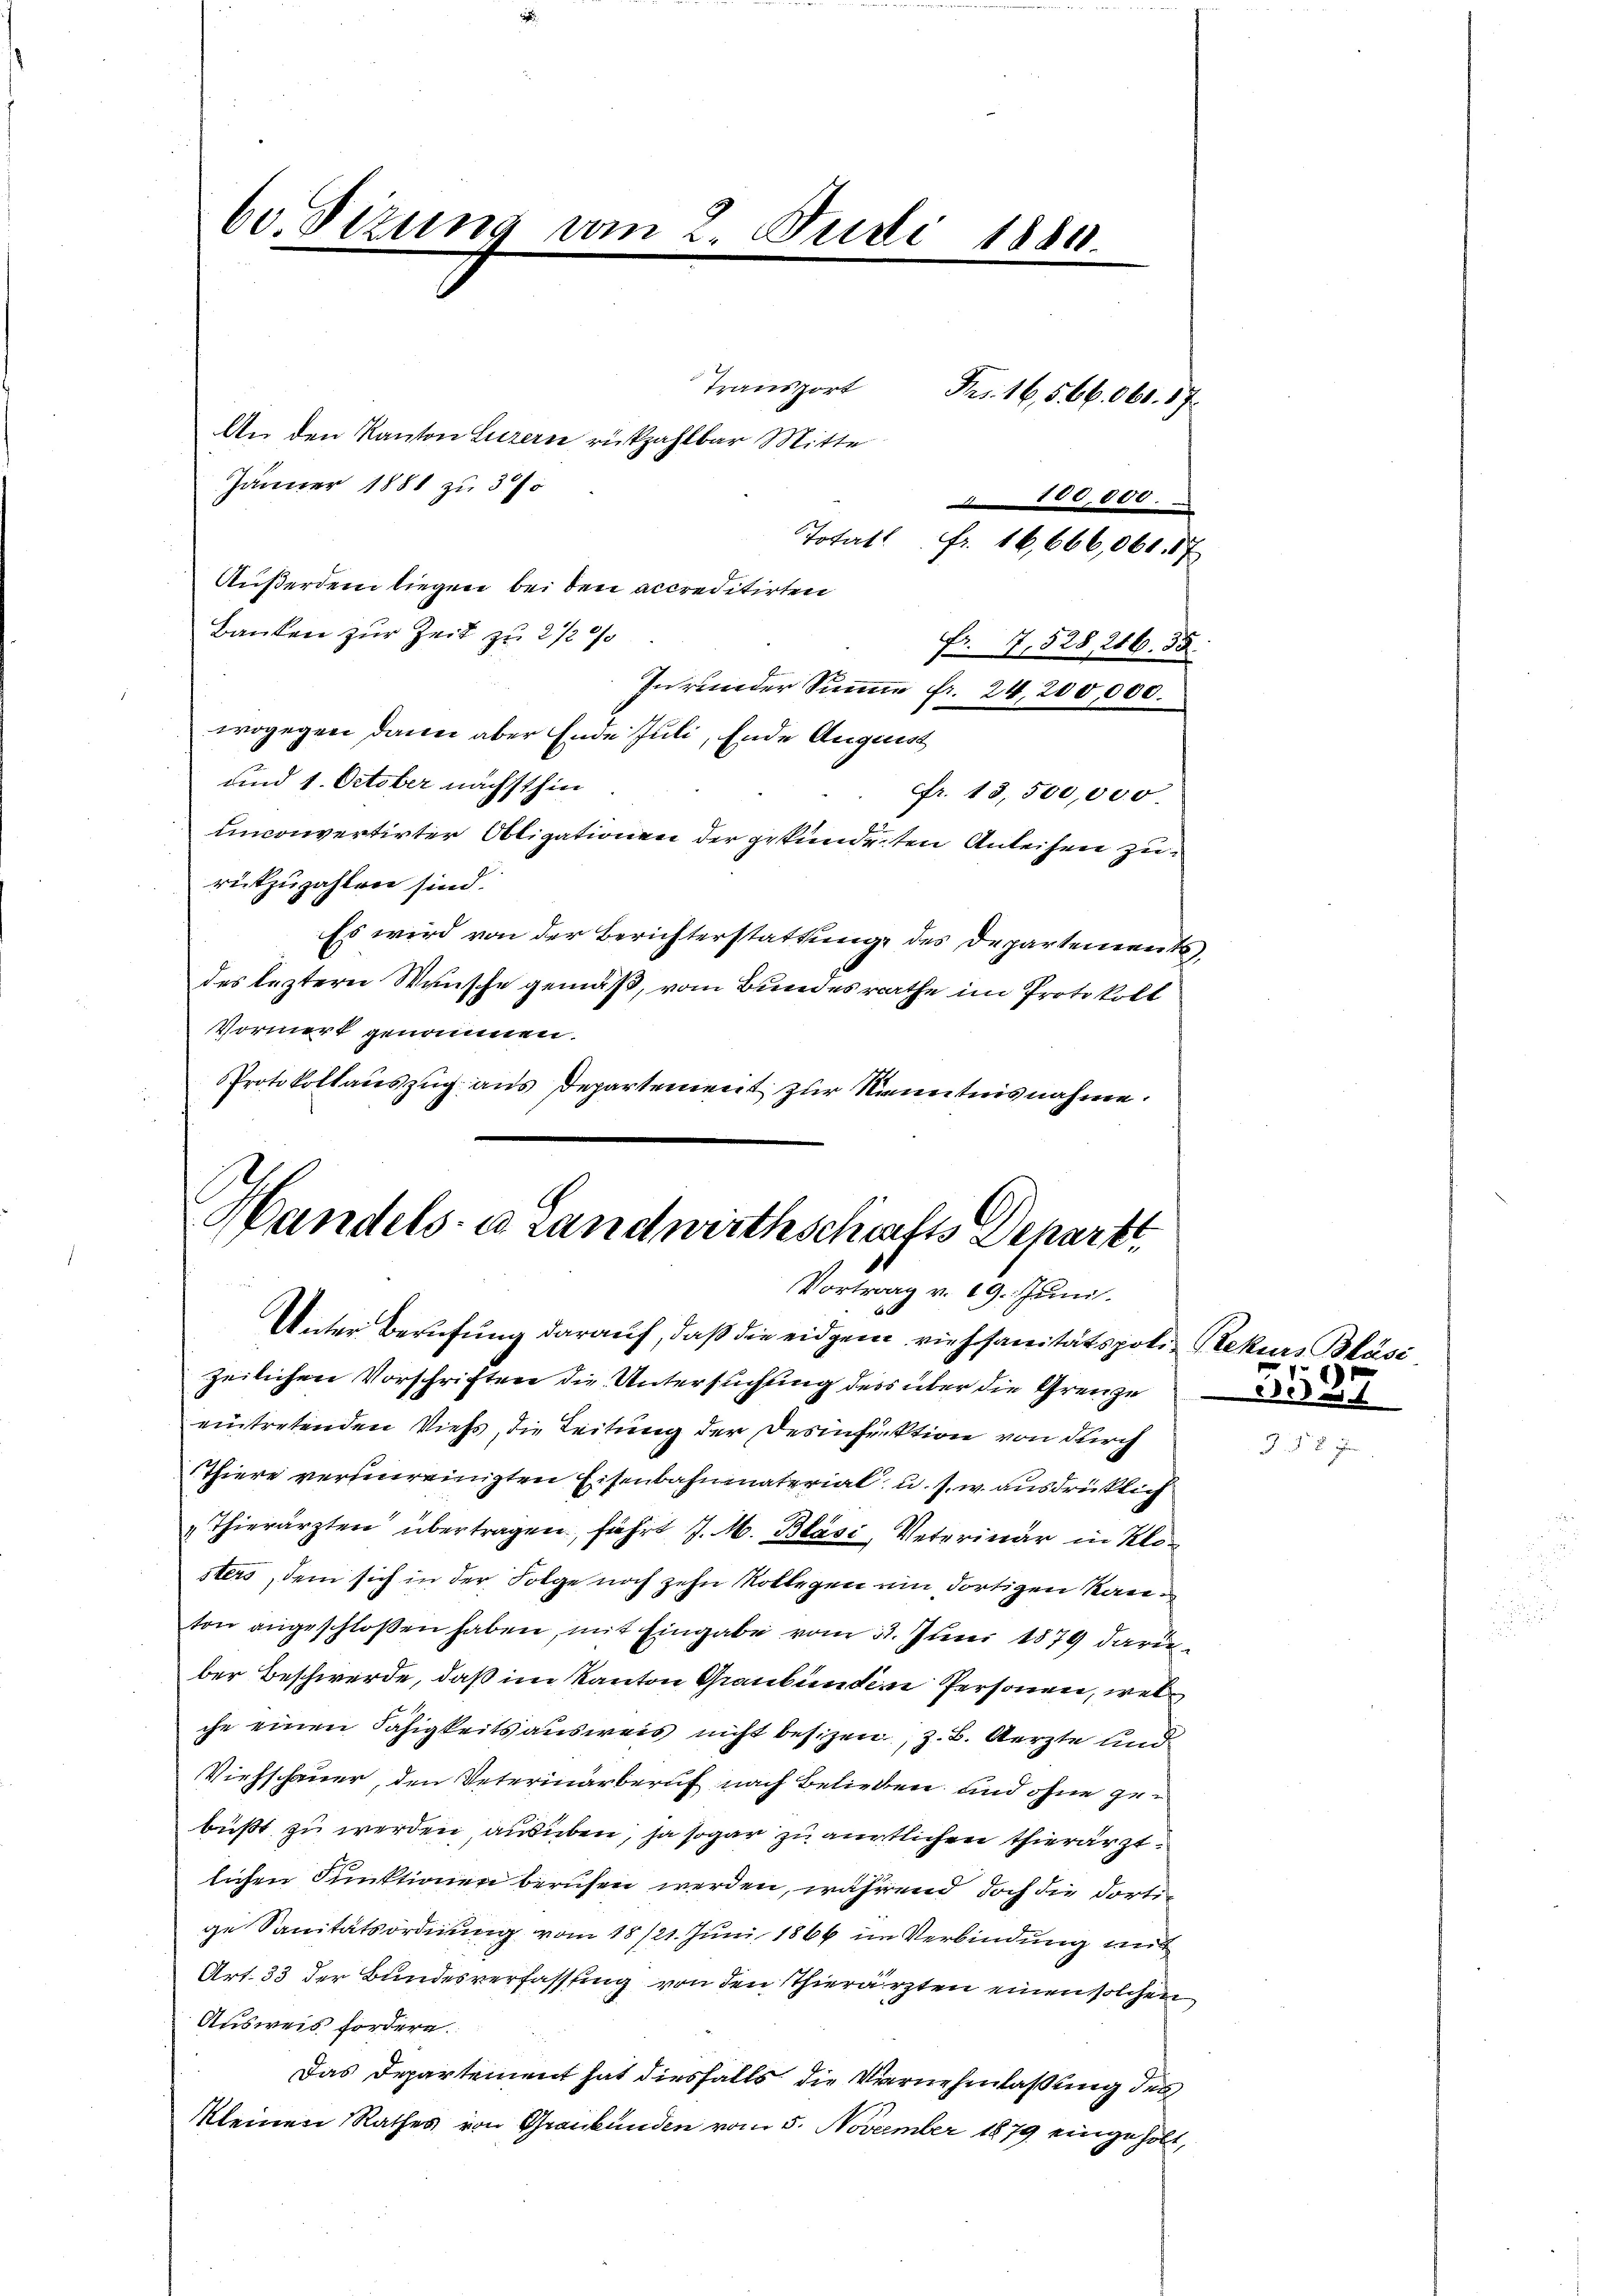
60. Sizung vom 2. Juli 1880.
iig
Fr. 16,566. 661. 17.
An den Kanton Luzern rückzahlbar Mitte
Jänner 1881 zu 3/
180,000.
Totall Fr. 16,666,061. 57
Außerdem liegen bei den accreditirten
Banken zur Zeit zu 2 1/2 %
Fr. 7,528, 246. 35.
Inrunder Sinne fr. 24,200,000.

Transport

wogegen dann aber Ende Juli, Ende August
und 1. October nächsthin
Ffr. 13,500,000
unconvertirter Obligationen der gekundenten Anleisen zu
rutzuzahlen sind.
Es wird von der Berichterstattung des Departement
des leztern Wunsche gemäß, vom Bundesrathe im Protokoll
Vormerk genommen.
Protokollauszug aus Departement zur Kenntnisnahme.

zeilichen Vorschriften die Untersuchung ders über die Grenze
eintretenden Viehs, die Leitung der Desinfektion von durch
Thiere versenreinigten Eisenbahnmaterial u. s. w. ausdrücklich
"Thierärzten übertragen, führt J. M. Bläsi, Veterinär in Klosters, dem sich in der Folge noch zehn Rollegen ein dortigen Kanton angeschloßen haben, mit Eingabe vom 22. Juni 1879 darüber Beschwerde, daß im Kanton Graubünden Personen, welche einen Fähigkeits ausweis nicht besizen, z. B. Aerzte und
Viehschauer, den Veterinärberuf nach Belieben und ohne gebüßt zu werden, ausüben, ja sogar zu aürtlichen Thierärztlichen Funktionen berufen werden, während doch die dortige Sanitätsordnung vom 18/21. Juni 1866 im Verbindung mit
Art. 33 der Bundesverfassung von den Thierärzten einen solchen
Ausweis fordern.
Das Departement hat diesfalls die Vernehmlassung des
kleinen Rathes von Graubünden vom 5. November 1879 eingehölt,

Handels- u Landwirthschafts Departt
Vortrag v. 19. Juni.
Unter Berufung darauf, daß die eidgen viehsanitätspotiz Rekurs Bläsi

3587